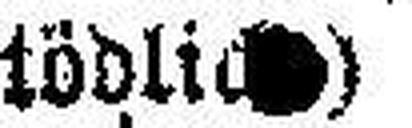
tödlich)